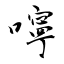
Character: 嚀